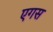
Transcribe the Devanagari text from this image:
एगस